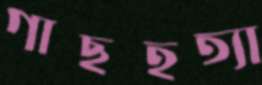
গাছহত্যা